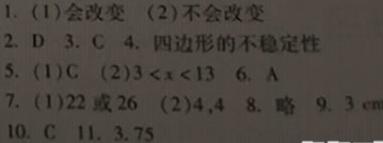
1. (1)会改变 (2)不会改变
2. D
3. C
4. 四边形的不稳定性
5. (1)C (2)$3 < x < 13$
6. A
7. (1)22或26 (2)4,4
8. 略
9. $3\ cm$
10. C
11. 3.75